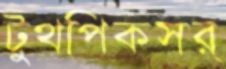
টুথপিকসর্